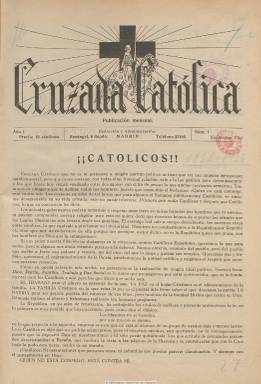
Título: Cruzada católica
Colección: Religión
Ámbito geográfico: Madrid
Lugar de publicación: Madrid
Fechas: 01/11/1932-31/07/1936

Publicación mensual que aparece en noviembre de 1932, de inspiración sindicalista-católica y oficiosa de la Confederación Española de Derechas Autónomas (CEDA), que hace suya la cita evangélica “Quien no está conmigo, está contra mí”. En su cabecera aparece estampado un grabado con una cruz y un cruzado montado a caballo, así como las señas de su identidad: un periódico sin empresa, “completamente independiente en la política”, pero defensor de los intereses católicos, “llámense pequeños comerciantes, proletarios o capitalistas”. Aunque en su artículo de presentación dirá que no combatirá a la República, la acusara de arrancar la fe de los católicos y de su persecución.

Su ideal político será “Dios, patria, familia, trabajo y paz social”. El lenguaje de sus artículos es directo y combativo, el propio de las publicaciones dirigidas a un público militante, dedicando la mayor parte de sus páginas a asuntos políticos, a través de las cuales pedirá la unión de las derechas, a dar cuenta de la actividad de de la CEDA y de sus dirigentes, como es el caso del diputado José María Fernández Ladreda (1885-1954) o del ministro de Trabajo Federico Salmón (1900-1936), y de otras organizaciones afines, como Acción Popular, Juventud Obrera Católica o Juventudes Católicas. También insertará alguna página reproduciendo composiciones poéticas, así como anuncios publicitarios. Sus entregas son de dieciséis páginas, compuestas a una y a dos columnas, con inclusión de algunos fotograbados, especialmente en la cubierta.

Estuvo publicándose sin indicación de quien fuera su director (véase en tal sentido su número 3), hasta que aparece como tal José Ruiz Fernández, identificado como propagandista obrero católico y autor de la sección Alfilerazos políticos y parlamentarios. Entre las firmas de sus artículos aparecen las de Emeterio Molina Galán, Andrés Coll Pérez, Francisco Fayos, Nieves Barbero de Fayos, Antonio de Arjona, Víctor Espinos y F. Alborch, así como la de Marcelino Menéndez y Pelayo o la del general Sebastián Mantilla.

En su artículo de salutación ya había advertido de que lo hacía sólo “a la buena prensa”, pues añade que “de la otra, ni somos compañeros, ni queremos serlo”, y como contraria a las publicaciones socialistas y a la que considera propaganda masona y judía, recomendará la lectura de los periódicos y revistas afines a las derechas: Abc, El debate, La nación, El siglo futuro, La época, Informaciones, Acción española, Criterio, Hogar, Renacer, Ideas, Ellas, La semana católica, Gracia y justicia, Blanco y negro, Los hijos del pueblo, Lectura dominical y Actualidades.

En un comentario a la Declaración colectiva del Episcopado español, de 1933, dirá en rótulos destacados: ”Hay que vencer a la revolución para defender los derechos de Dios y de la Iglesia. El marxismo y  sus aliados buscan la ruina del nombre católico de España”. Asimismo se mostrará combativa contra el laicismo y las reformas secularizadoras del primer bienio republicano, como fue la de la enseñanza pública.

En las elecciones de febrero de 1936, en las que las derechas no se presentarán unidas, como en 1933, pedirá el voto íntegro a la candidatura madrileña encabezada por José María Gil Robles (CEDA), en la que iba como número dos José Calvo Sotelo (Bloque Nacional) y en los últimos puestos Luis Martínez de Galinsoga y Ernesto Giménez Caballero, y lo hacía para querer “aplastar la revolución y a sus cómplices” y en defensa de la “España católica”. La revista venía publicándose “con censura eclesiástica” y en su número 43, de julio de 1936 (último de la colección), en su cubierta alertará a sus lectores que encontrarán en su interior espacios en blanco, censurados por la autoridad gubernativa. Tras estallar la guerra civil, con toda probabilidad dejó de publicarse.